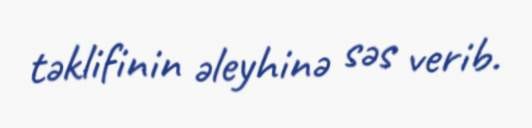
təklifinin əleyhinə səs verib.